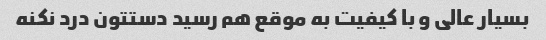
بسیار عالی و با کیفیت به موقع هم رسید دستتون درد نکنه